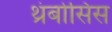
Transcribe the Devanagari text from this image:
थ्रंबोसिस